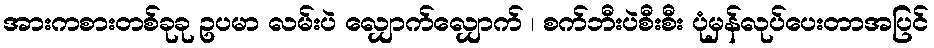
အားကစားတစ်ခုခု ဥပမာ လမ်းပဲ လျှောက်လျှောက် ၊ စက်ဘီးပဲစီးစီး ပုံမှန်လုပ်ပေးတာအပြင်